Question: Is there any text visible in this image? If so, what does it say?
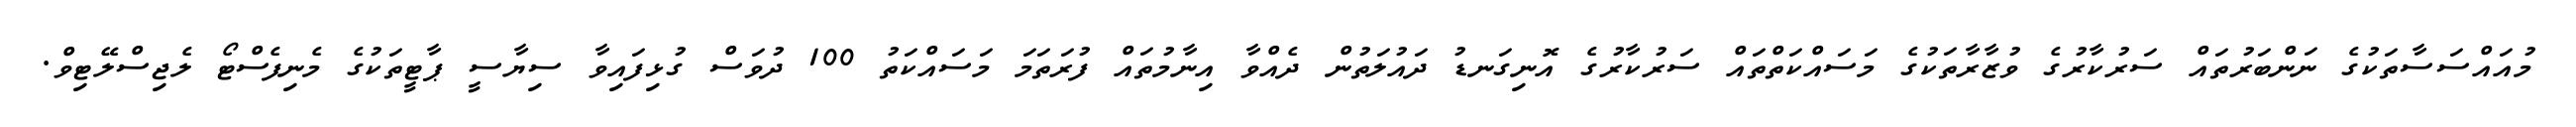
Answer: މުއައްސަސާތަކުގެ ނަންބަރުތައް ސަރުކާރުގެ ވުޒާރާތަކުގެ މަސައްކަތްތައް ސަރުކާރުގެ އޮނިގަނޑު ދައުލަތުން ދެއްވާ އިނާމުތައް ފުރަތަމަ މަސައްކަތު 100 ދުވަސް ގުޅިފައިވާ ސިޔާސީ ޕާޓީތަކުގެ މެނިފެސްޓޯ ލެޖިސްލޭޓިވް.